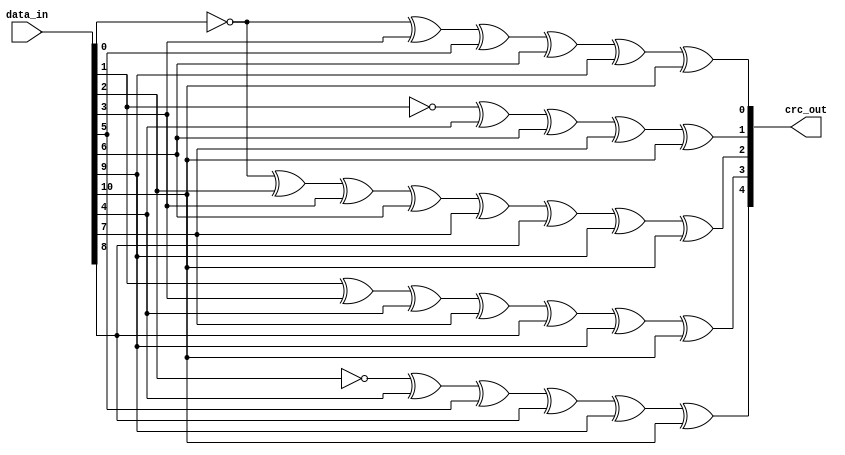
`timescale 1ns / 1ps
//-------------------------------------------------------------------
// Copyright  2012 TECHVULCAN, Inc. All rights reserved.		   
// TechVulcan Confidential and Proprietary
// Not to be used, copied reproduced in whole or in part, nor	   
// its contents							   
// revealed in any manner to others without the express written	   
// permission	of TechVulcan 					   
// Licensed Material.						   
// Program Property of TECHVULCAN Incorporated.	
// ------------------------------------------------------------------
// AUTHOR EMAIL	: anuj.pandey@techvulcan.com
// VERSION        : 0.1
//-------------------------------------------------------------------



module uctl_crc5Gen(
  input [10:0] data_in,
  output [4:0] crc_out);

  reg [4:0] lfsr_c;
  wire   [4:0] lfsr_q = 5'b11111;

  assign crc_out = lfsr_c;

  always @(*) begin
    lfsr_c[0] = lfsr_q[0] ^ lfsr_q[3] ^ lfsr_q[4] ^ data_in[0] ^ 
                data_in[3] ^ data_in[5] ^ data_in[6] ^ data_in[9] ^
                data_in[10];
    lfsr_c[1] = lfsr_q[0] ^ lfsr_q[1] ^ lfsr_q[4] ^ data_in[1] ^
                data_in[4] ^ data_in[6] ^ data_in[7] ^ data_in[10];
    lfsr_c[2] = lfsr_q[0] ^ lfsr_q[1] ^ lfsr_q[2] ^ lfsr_q[3] ^
                lfsr_q[4] ^ data_in[0] ^ data_in[2] ^ data_in[3] ^
                data_in[6] ^ data_in[7] ^ data_in[8] ^ data_in[9] ^
                data_in[10];
    lfsr_c[3] = lfsr_q[1] ^ lfsr_q[2] ^ lfsr_q[3] ^ lfsr_q[4] ^
                data_in[1] ^ data_in[3] ^ data_in[4] ^ data_in[7] ^
                data_in[8] ^ data_in[9] ^ data_in[10];
    lfsr_c[4] = lfsr_q[2] ^ lfsr_q[3] ^ lfsr_q[4] ^ data_in[2] ^
                data_in[4] ^ data_in[5] ^ data_in[8] ^ data_in[9] ^
                data_in[10];

  end 
endmodule